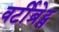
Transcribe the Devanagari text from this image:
वर्टीब्रेट्स